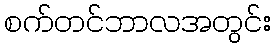
စက်တင်ဘာလအတွင်း